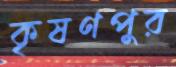
কৃষণপুর